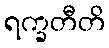
ရက္ခတီတိ